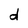
Character: d